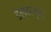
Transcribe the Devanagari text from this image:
डेलवरच्या